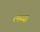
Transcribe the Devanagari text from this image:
रमय्या